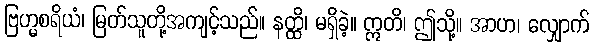
ဗြဟ္မစရိယံ၊ မြတ်သူတို့အကျင့်သည်။ နတ္ထိ၊ မရှိခဲ့။ ဣတိ၊ ဤသို့။ အာဟ၊ လျှောက်